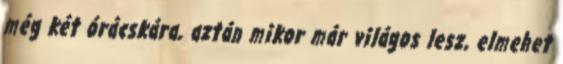
még két órácskára, aztán mikor már világos lesz, elmehet